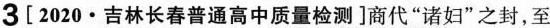
3[2020·吉林长春普通高中质量检测]商代”诸妇”之封，至